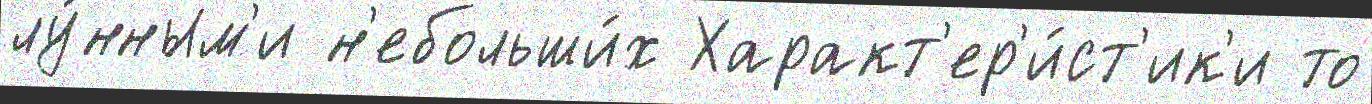
лу́нным'и н'ебольши́х Характ'ер'и́ст'ик'и то